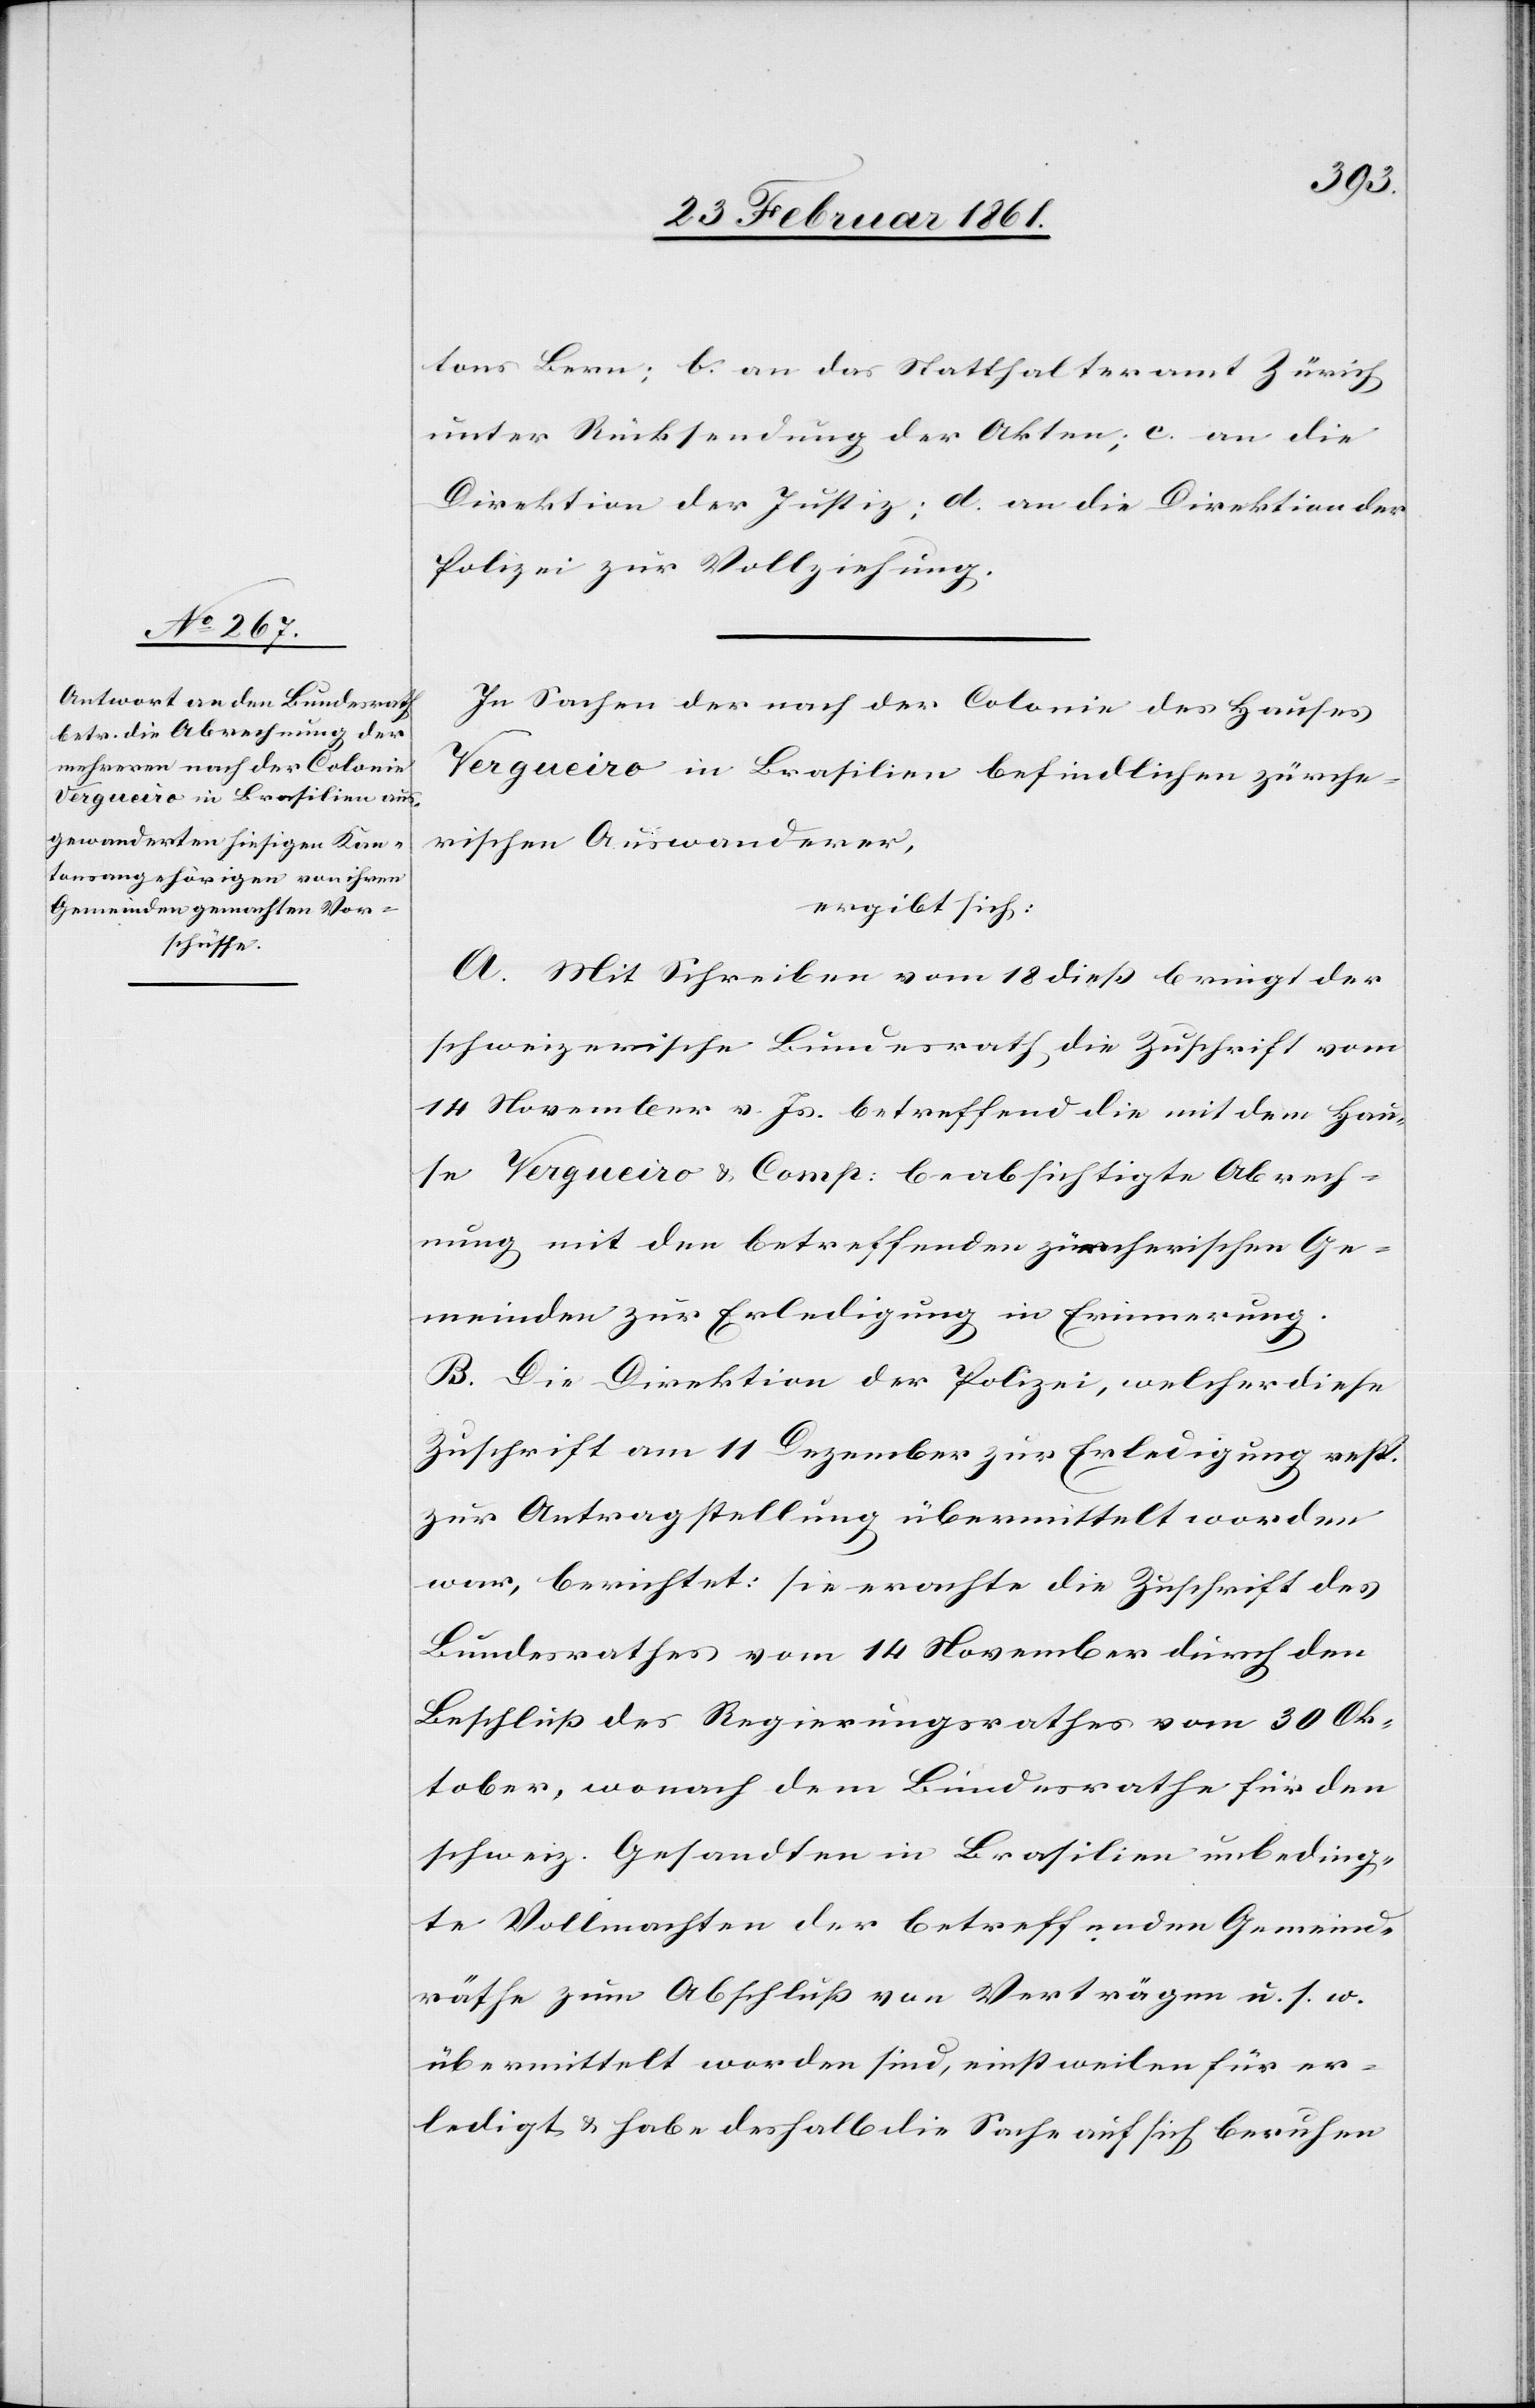
tons Bern; b. an das Statthalteramt Zürich
unter Rücksendung der Akten, c. an die
Direktion der Justiz; d. an die Direktion der
Polizei zur Vollziehung.
In Sachen der nach der Colonie des Hauses
Vergueiro in Brasilien befindlichen zürche¬
rischen Auswanderer,
ergibt sich:
A. Mit Schreiben vom 18. diess bringt der
schweizerische Bundesrath die Zuschrift vom
14. November v. Js. betreffend die mit dem Hau¬
se Vergueiro u. Comp. beabsichtigte Abrech¬
nung mit den betreffenden zürcherischen Ge¬
meinden zur Erledigung in Erinnerung.
B. Die Direktion der Polizei, welcher diese
Zuschrift am 11. Dezember zur Erledigung resp.
zur Antragstellung übermittelt worden
war, berichtet: sie erachte die Zuschrift des
Bundesrathes vom 14. November durch den
Beschluss des Regierungsrathes vom 30. Ok¬
tober, wonach dem Bundesrathe für den
schweiz. Gesandten in Brasilien unbeding¬
te Vollmacht der betreffenden Gemeind¬
räthe zum Abschluss von Verträgen u. s. w.
übermittelt worden sind, einstweilen für er¬
ledigt u. habe deshalb die Sache auf sich beruhen